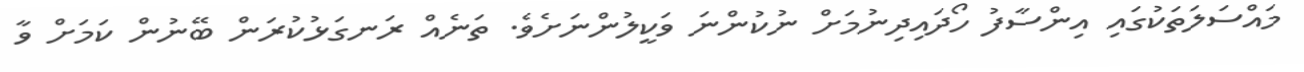
މައްސަލަތަކުގައި އިންސާފު ހޯދައިދިނުމަށް ނުކުންނަ ވަކީލުންނަށެވެ. ތަނެއް ރަނގަޅުކުރަން ބޭނުން ކަމަށް ވާ